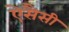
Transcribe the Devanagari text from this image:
ऐसैसी